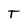
Character: T